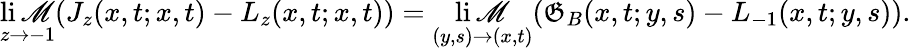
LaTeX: \operatorname*{li\mathscr{M}}_{z\rightarrow-1}(J_{z}(x,t;x,t)-L_{z}(x,t;x,t))=\operatorname*{li\mathscr{M}}_{(y,s)\rightarrow(x,t)}(\mathfrak{G}_{B}(x,t;y,s)-L_{-1}(x,t;y,s)).\,